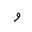
Letter: _waw